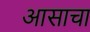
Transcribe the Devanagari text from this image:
आसाचा